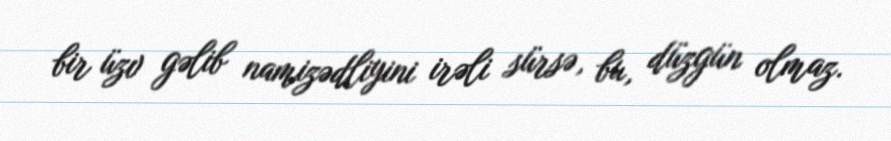
bir üzv gəlib namizədliyini irəli sürsə, bu, düzgün olmaz.